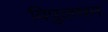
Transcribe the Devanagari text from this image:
विपुलधन